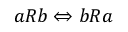
a R b \Leftrightarrow b R a